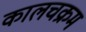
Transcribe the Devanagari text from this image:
कालचक्रम